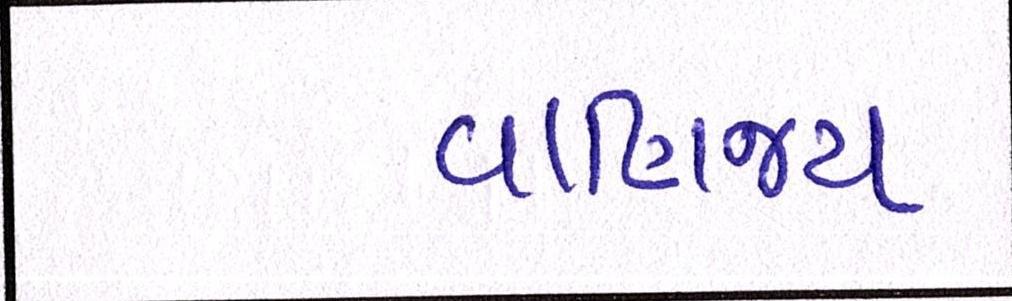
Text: વાણિજ્ય